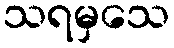
သရမှသေ